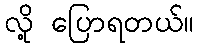
လို့ ပြောရတယ်။